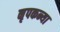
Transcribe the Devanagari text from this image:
नृपकन्या